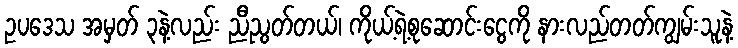
ဥပဒေသ အမှတ် ၃နဲ့လည်း ညီညွတ်တယ်၊ ကိုယ့်ရဲ့စုဆောင်းငွေကို နားလည်တတ်ကျွမ်းသူနဲ့